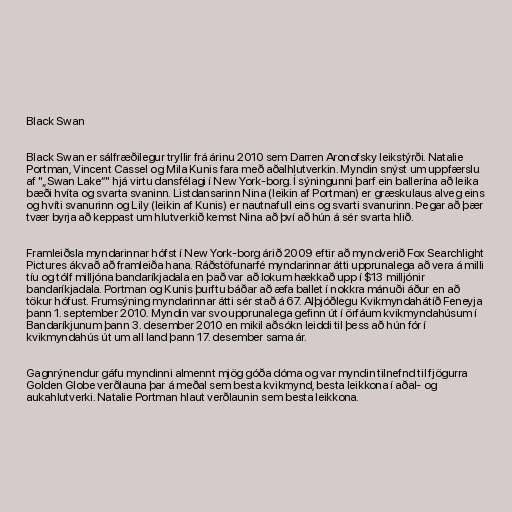
Black Swan

Black Swan er sálfræðilegur tryllir frá árinu 2010 sem Darren Aronofsky leikstýrði. Natalie
Portman, Vincent Cassel og Mila Kunis fara með aðalhlutverkin. Myndin snýst um uppfærslu
af "„Swan Lake“" hjá virtu dansfélagi í New York-borg. Í sýningunni þarf ein ballerína að leika
bæði hvíta og svarta svaninn. Listdansarinn Nina (leikin af Portman) er græskulaus alveg eins
og hvíti svanurinn og Lily (leikin af Kunis) er nautnafull eins og svarti svanurinn. Þegar að þær
tvær byrja að keppast um hlutverkið kemst Nina að því að hún á sér svarta hlið.

Framleiðsla myndarinnar hófst í New York-borg árið 2009 eftir að myndverið Fox Searchlight
Pictures ákvað að framleiða hana. Ráðstöfunarfé myndarinnar átti upprunalega að vera á milli
tíu og tólf milljóna bandaríkjadala en það var að lokum hækkað upp í $13 milljónir
bandaríkjadala. Portman og Kunis þurftu báðar að æfa ballet í nokkra mánuði áður en að
tökur hófust. Frumsýning myndarinnar átti sér stað á 67. Alþjóðlegu Kvikmyndahátíð Feneyja
þann 1. september 2010. Myndin var svo upprunalega gefinn út í örfáum kvikmyndahúsum í
Bandaríkjunum þann 3. desember 2010 en mikil aðsókn leiddi til þess að hún fór í
kvikmyndahús út um all land þann 17. desember sama ár.

Gagnrýnendur gáfu myndinni almennt mjög góða dóma og var myndin tilnefnd til fjögurra
Golden Globe verðlauna þar á meðal sem besta kvikmynd, besta leikkona í aðal- og
aukahlutverki. Natalie Portman hlaut verðlaunin sem besta leikkona.